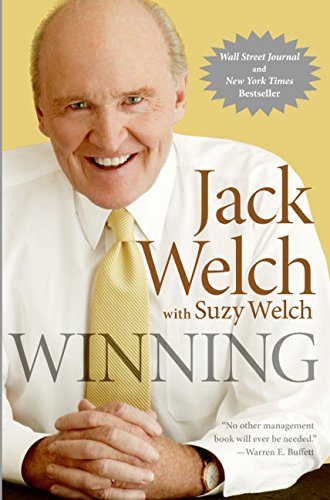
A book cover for Winning; Jack Welch; Business & Money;